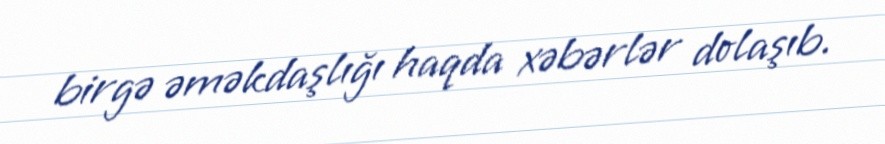
birgə əməkdaşlığı haqda xəbərlər dolaşıb.